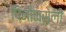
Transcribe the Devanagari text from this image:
पिनौन्सेली